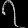
Digit: ၇